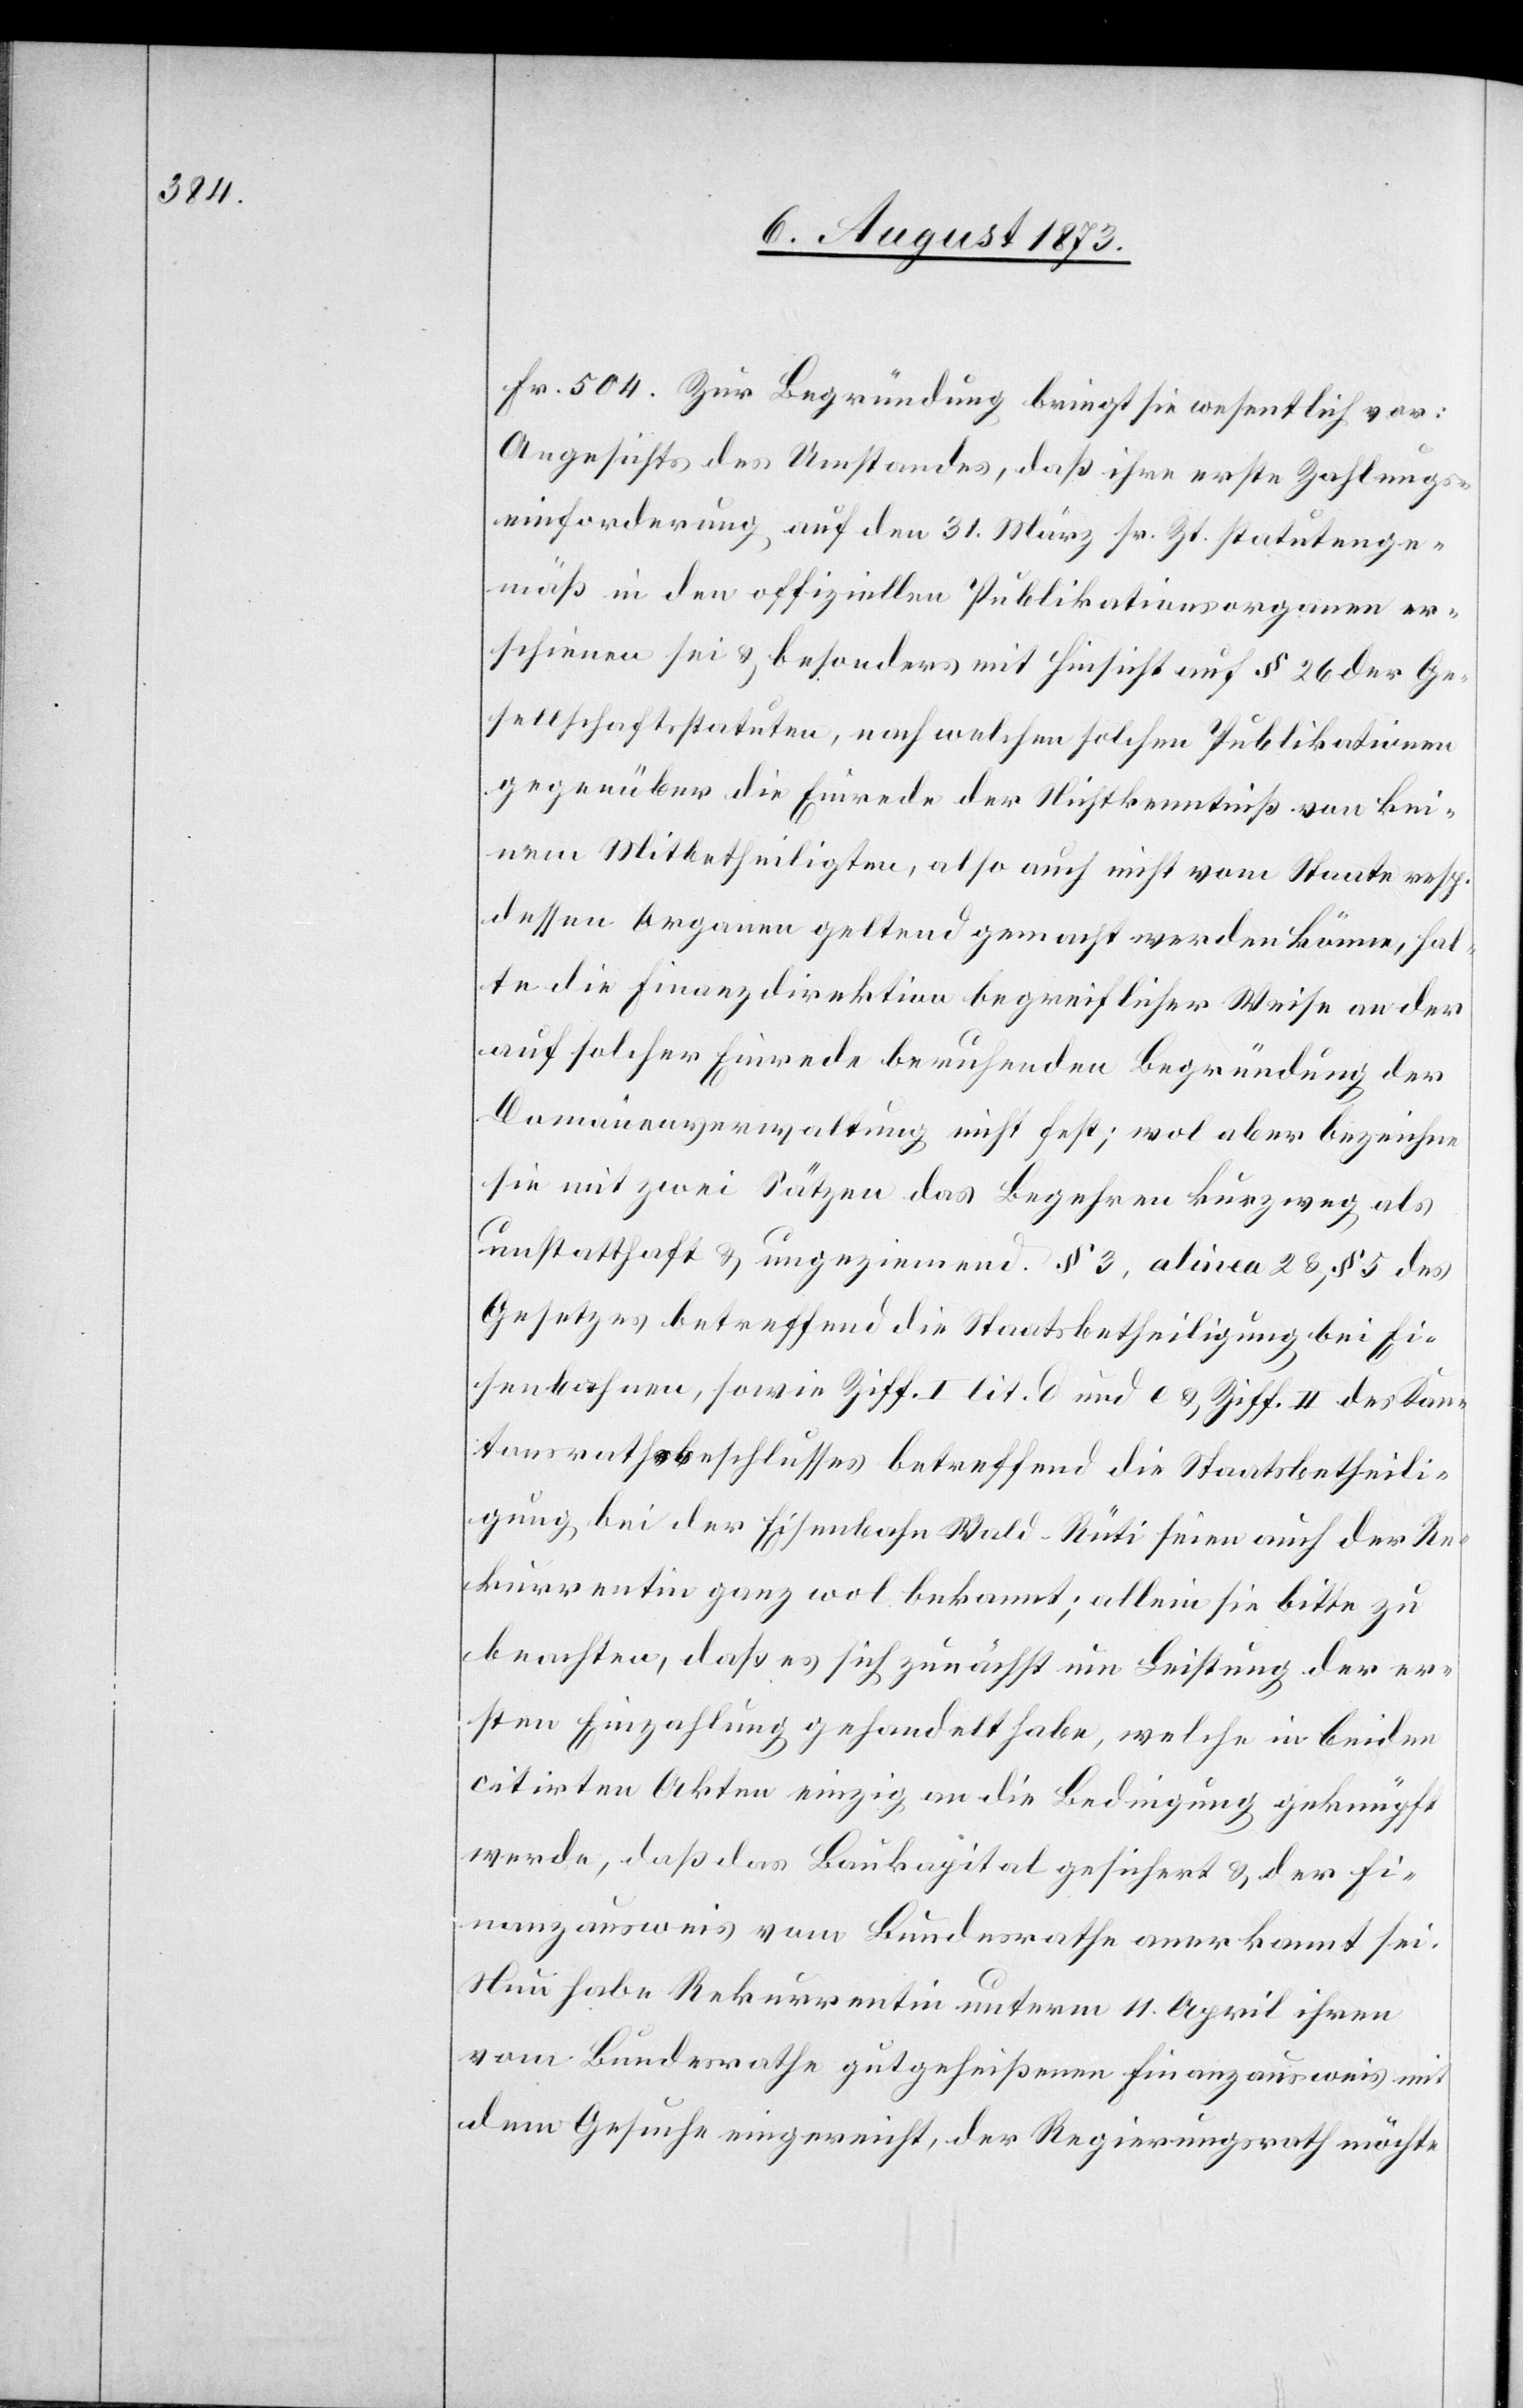
Fr. 504. Zur Begründung bringt sie wesentlich vor:
Angesichts des Umstandes, daß ihre erste Zahlung¬
seinforderung auf den 31. März sr. Zt. statutenge¬
mäß in den offiziellen Publikationsorganen er¬
schienen sei & besonders mit Hinsicht auf § 26 der Ge¬
sellschaftsstatuten, nach welchen solchen Publikationen
gegenüber die Einrede der Nichtkenntniß von kei¬
nem Mitbetheiligten, also auch nicht vom Staate resp.
dessen Organen geltend gemacht werden könne, hal¬
te die Finanzdirektion begreiflicher Weise an der
auf solcher Einrede beruhenden Begründung der
Domänenverwaltung nicht fest; wol aber bezeichne
sie mit zwei Sätzen das Begehren kurzweg als
unstatthaft & ungeziemend. § 3, alinea 2 & § 5 des
Gesetzes betreffend die Staatsbetheiligung bei Ei¬
senbahnen, sowie Ziff. I lit. d und e & Ziff. II des Kan¬
tonsrathsbeschlusses betreffend die Staatsbetheili¬
gung bei der Eisenbahn Wald–Rüti seien auch der Re¬
kurrentin ganz wol bekannt; allein sie bitte zu
beachten, daß es sich zunächst um Leistung der er¬
sten Einzahlung gehandelt habe, welche in beiden
citirten Akten einzig an die Bedingung geknüpft
werde, daß das Baukapital gesichert & der Fi¬
nanzausweis vom Bundesrathe anerkannt sei.
Nun habe Rekurrentin unterm 11. April ihren
vom Bundesrathe gutgeheißenen Finanzausweis mit
dem Gesuche eingereicht, der Regierungsrath möchte